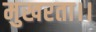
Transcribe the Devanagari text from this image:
मुखरता।।